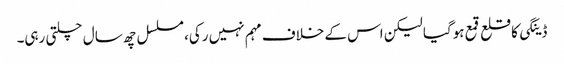
ڈینگی کا قلع قمع ہوگیا لیکن اس کے خلاف مہم نہیں رکی، مسلسل چھ سال چلتی رہی۔